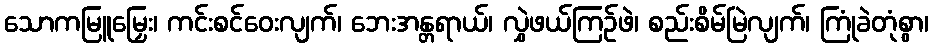
သောကမြူမြှေး၊ ကင်းစင်ဝေးလျက်၊ ဘေးအန္တရာယ်၊ လွှဲဖယ်ကြဉ်ဖဲ၊ စည်းစိမ်မြဲလျက်၊ ကြုံခဲတုံစွာ၊